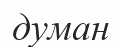
думан